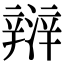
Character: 㵷